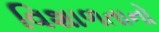
વિશાળતાનો